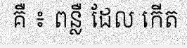
គឺ ៖ ពន្លឺ ដែល កើត